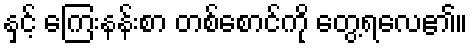
နှင့် ကြေးနန်းစာ တစ်စောင်ကို တွေ့ရလေ၏။